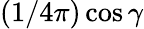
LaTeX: (1/4\pi)\cos\gamma